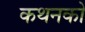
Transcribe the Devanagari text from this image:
कथनको